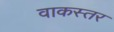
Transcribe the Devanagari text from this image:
वाकस्तर